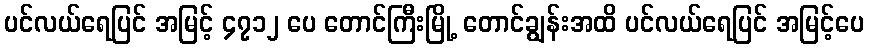
ပင်လယ်ရေပြင် အမြင့် ၄၇၁၂ ပေ တောင်ကြီးမြို့ တောင်ချွန်းအထိ ပင်လယ်ရေပြင် အမြင့်ပေ